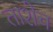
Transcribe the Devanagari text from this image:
ताशेच